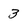
Character: 3